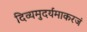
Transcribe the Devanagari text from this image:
दिव्यमुदर्यमाकरजं